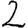
Digit: 2